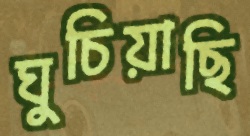
ঘুচিয়াছি